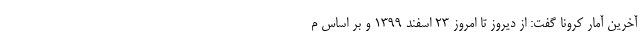
آخرین آمار کرونا گفت: از دیروز تا امروز ۲۳ اسفند ۱۳۹۹ و بر اساس م